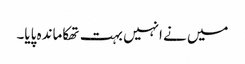
میں نے انہیں بہت تھکاماندہ پایا۔